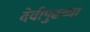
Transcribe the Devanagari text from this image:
देवीपुढच्या